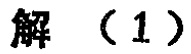
解（1）